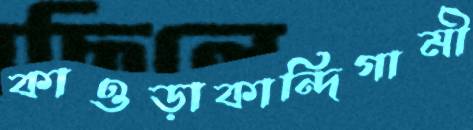
কাওড়াকান্দিগামী